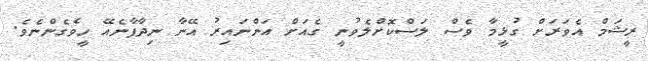
ރީޝަމް އެވަރަށް ގުޅީމާ ވެސް ލަސްކޮށްލެވުނީ ގެއަށް އަންނައިރު އޭނާ ނިދާފާނެއޭ ހީވެގެންނެވެ.